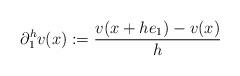
LaTeX: \begin{align*}\partial^h_1v(x) := \frac{v(x+he_1)-v(x)}h \end{align*}